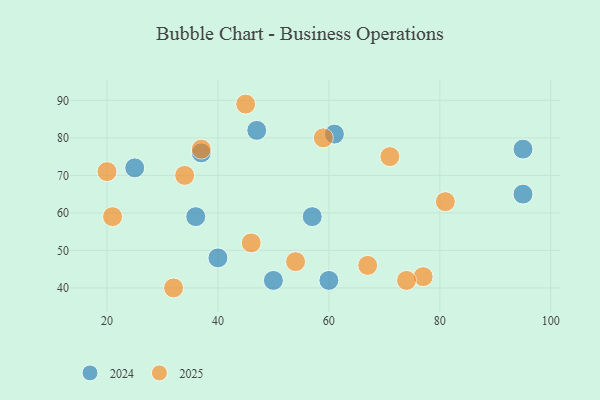
{"axis": {"x": "GDP", "y": "Life Expectancy"}, "legend": ["2024", "2025"], "data": [{"x": "45", "y": 89, "type": "2025"}, {"x": "46", "y": 52, "type": "2025"}, {"x": "37", "y": 77, "type": "2025"}, {"x": "77", "y": 43, "type": "2025"}, {"x": "67", "y": 46, "type": "2025"}, {"x": "20", "y": 71, "type": "2025"}, {"x": "34", "y": 70, "type": "2025"}, {"x": "81", "y": 63, "type": "2025"}, {"x": "59", "y": 80, "type": "2025"}, {"x": "21", "y": 59, "type": "2025"}, {"x": "32", "y": 40, "type": "2025"}, {"x": "71", "y": 75, "type": "2025"}, {"x": "54", "y": 47, "type": "2025"}, {"x": "74", "y": 42, "type": "2025"}, {"x": "57", "y": 59, "type": "2024"}, {"x": "40", "y": 48, "type": "2024"}, {"x": "36", "y": 59, "type": "2024"}, {"x": "50", "y": 42, "type": "2024"}, {"x": "60", "y": 42, "type": "2024"}, {"x": "47", "y": 82, "type": "2024"}, {"x": "25", "y": 72, "type": "2024"}, {"x": "95", "y": 65, "type": "2024"}, {"x": "61", "y": 81, "type": "2024"}, {"x": "37", "y": 76, "type": "2024"}, {"x": "95", "y": 77, "type": "2024"}]}